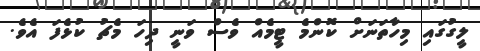
ލީގުގައި މިހާތަނަށް ކޮންމެ ޓީމެއް ވެސް ވަނީ ދިހަ މެޗު ކުޅެފަ އެވެ.